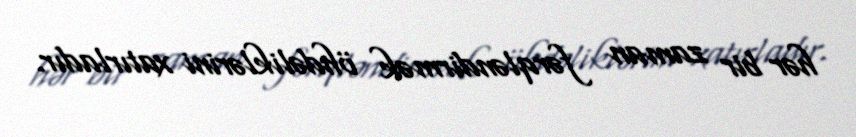
hər bir zaman fərqləndirmək öhdəliklərini xatırladır.